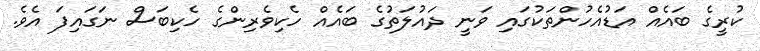
ކުރީގެ ބައެއް އަޑުއެހުންތަކުގައި ވަނީ ދައުލަތުގެ ބައެއް ހެކިވެރިންގެ ހެކިބަސް ނަގައިފަ އެވެ.